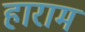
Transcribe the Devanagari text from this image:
हाराम